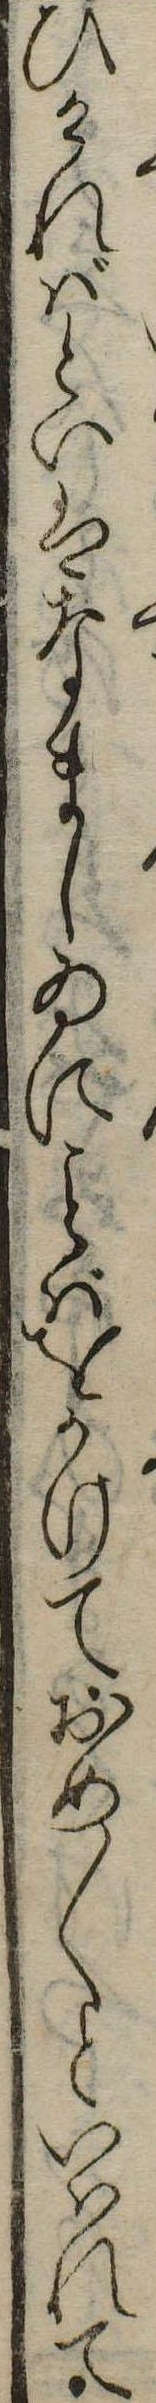
ひければといはなましゐにばをうけておめ〱といはれて